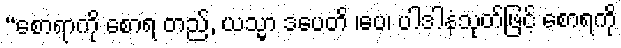
“စောရာကို စောရ တည်, ယသ္မာ ဒပေတိ ၊ပေ၊ ပါဒါနံသုတ်ဖြင့် စောရကို